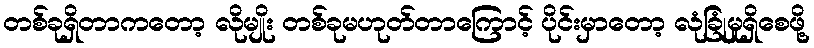
တစ်ခုရှိတာကတော့ လိုမျိုး တစ်ခုမဟုတ်တာကြောင့် ပိုင်းမှာတော့ လုံခြုံမှုရှိစေဖို့